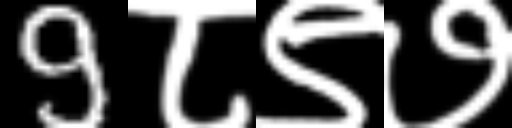
Text: 9८९७